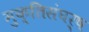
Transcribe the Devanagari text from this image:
मुक्तिसंघर्ष